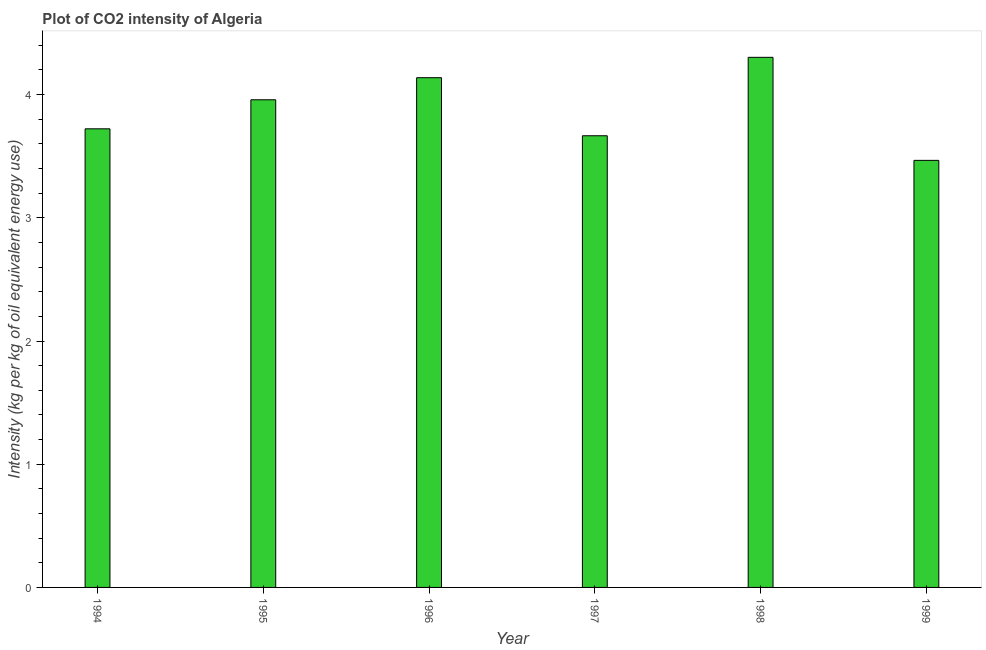
| Year | CO2 intensity |
 | --- | --- |
 | 1994 | 3.72 |
 | 1995 | 3.96 |
 | 1996 | 4.14 |
 | 1997 | 3.67 |
 | 1998 | 4.3 |
 | 1999 | 3.47 |